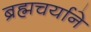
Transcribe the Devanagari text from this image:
ब्रह्मचर्याने